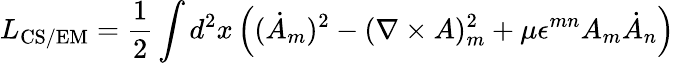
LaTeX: L_{\mathrm{CS/EM}}=\frac 12\int d^{2}x\, \Bigl((\dot{A}_{m})^{2}-(\nabla\times A)_{m}^{2}+\mu\epsilon^{mn}A_{m}\dot{A}_{n}\Bigr)